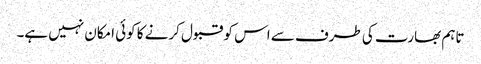
تاہم بھارت کی طرف سے اس کو قبول کرنے کا کوئی امکان نہیں ہے۔